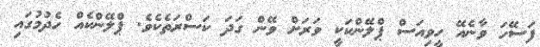
ފަސޭހަ ވާނެއޭ ހީވިއަސް ޕްލޭންކަކީ ވަރަށް ވޭން ގަދަ ކަސްރަތެކެވެ. ޕްލޭންކެއް ހެދުމުގައި